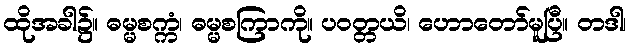
ထိုအခါ၌။ ဓမ္မစက္ကံ၊ ဓမ္မစကြာကို။ ပဝတ္တယိ၊ ဟောတော်မူပြီ။ တဒါ၊